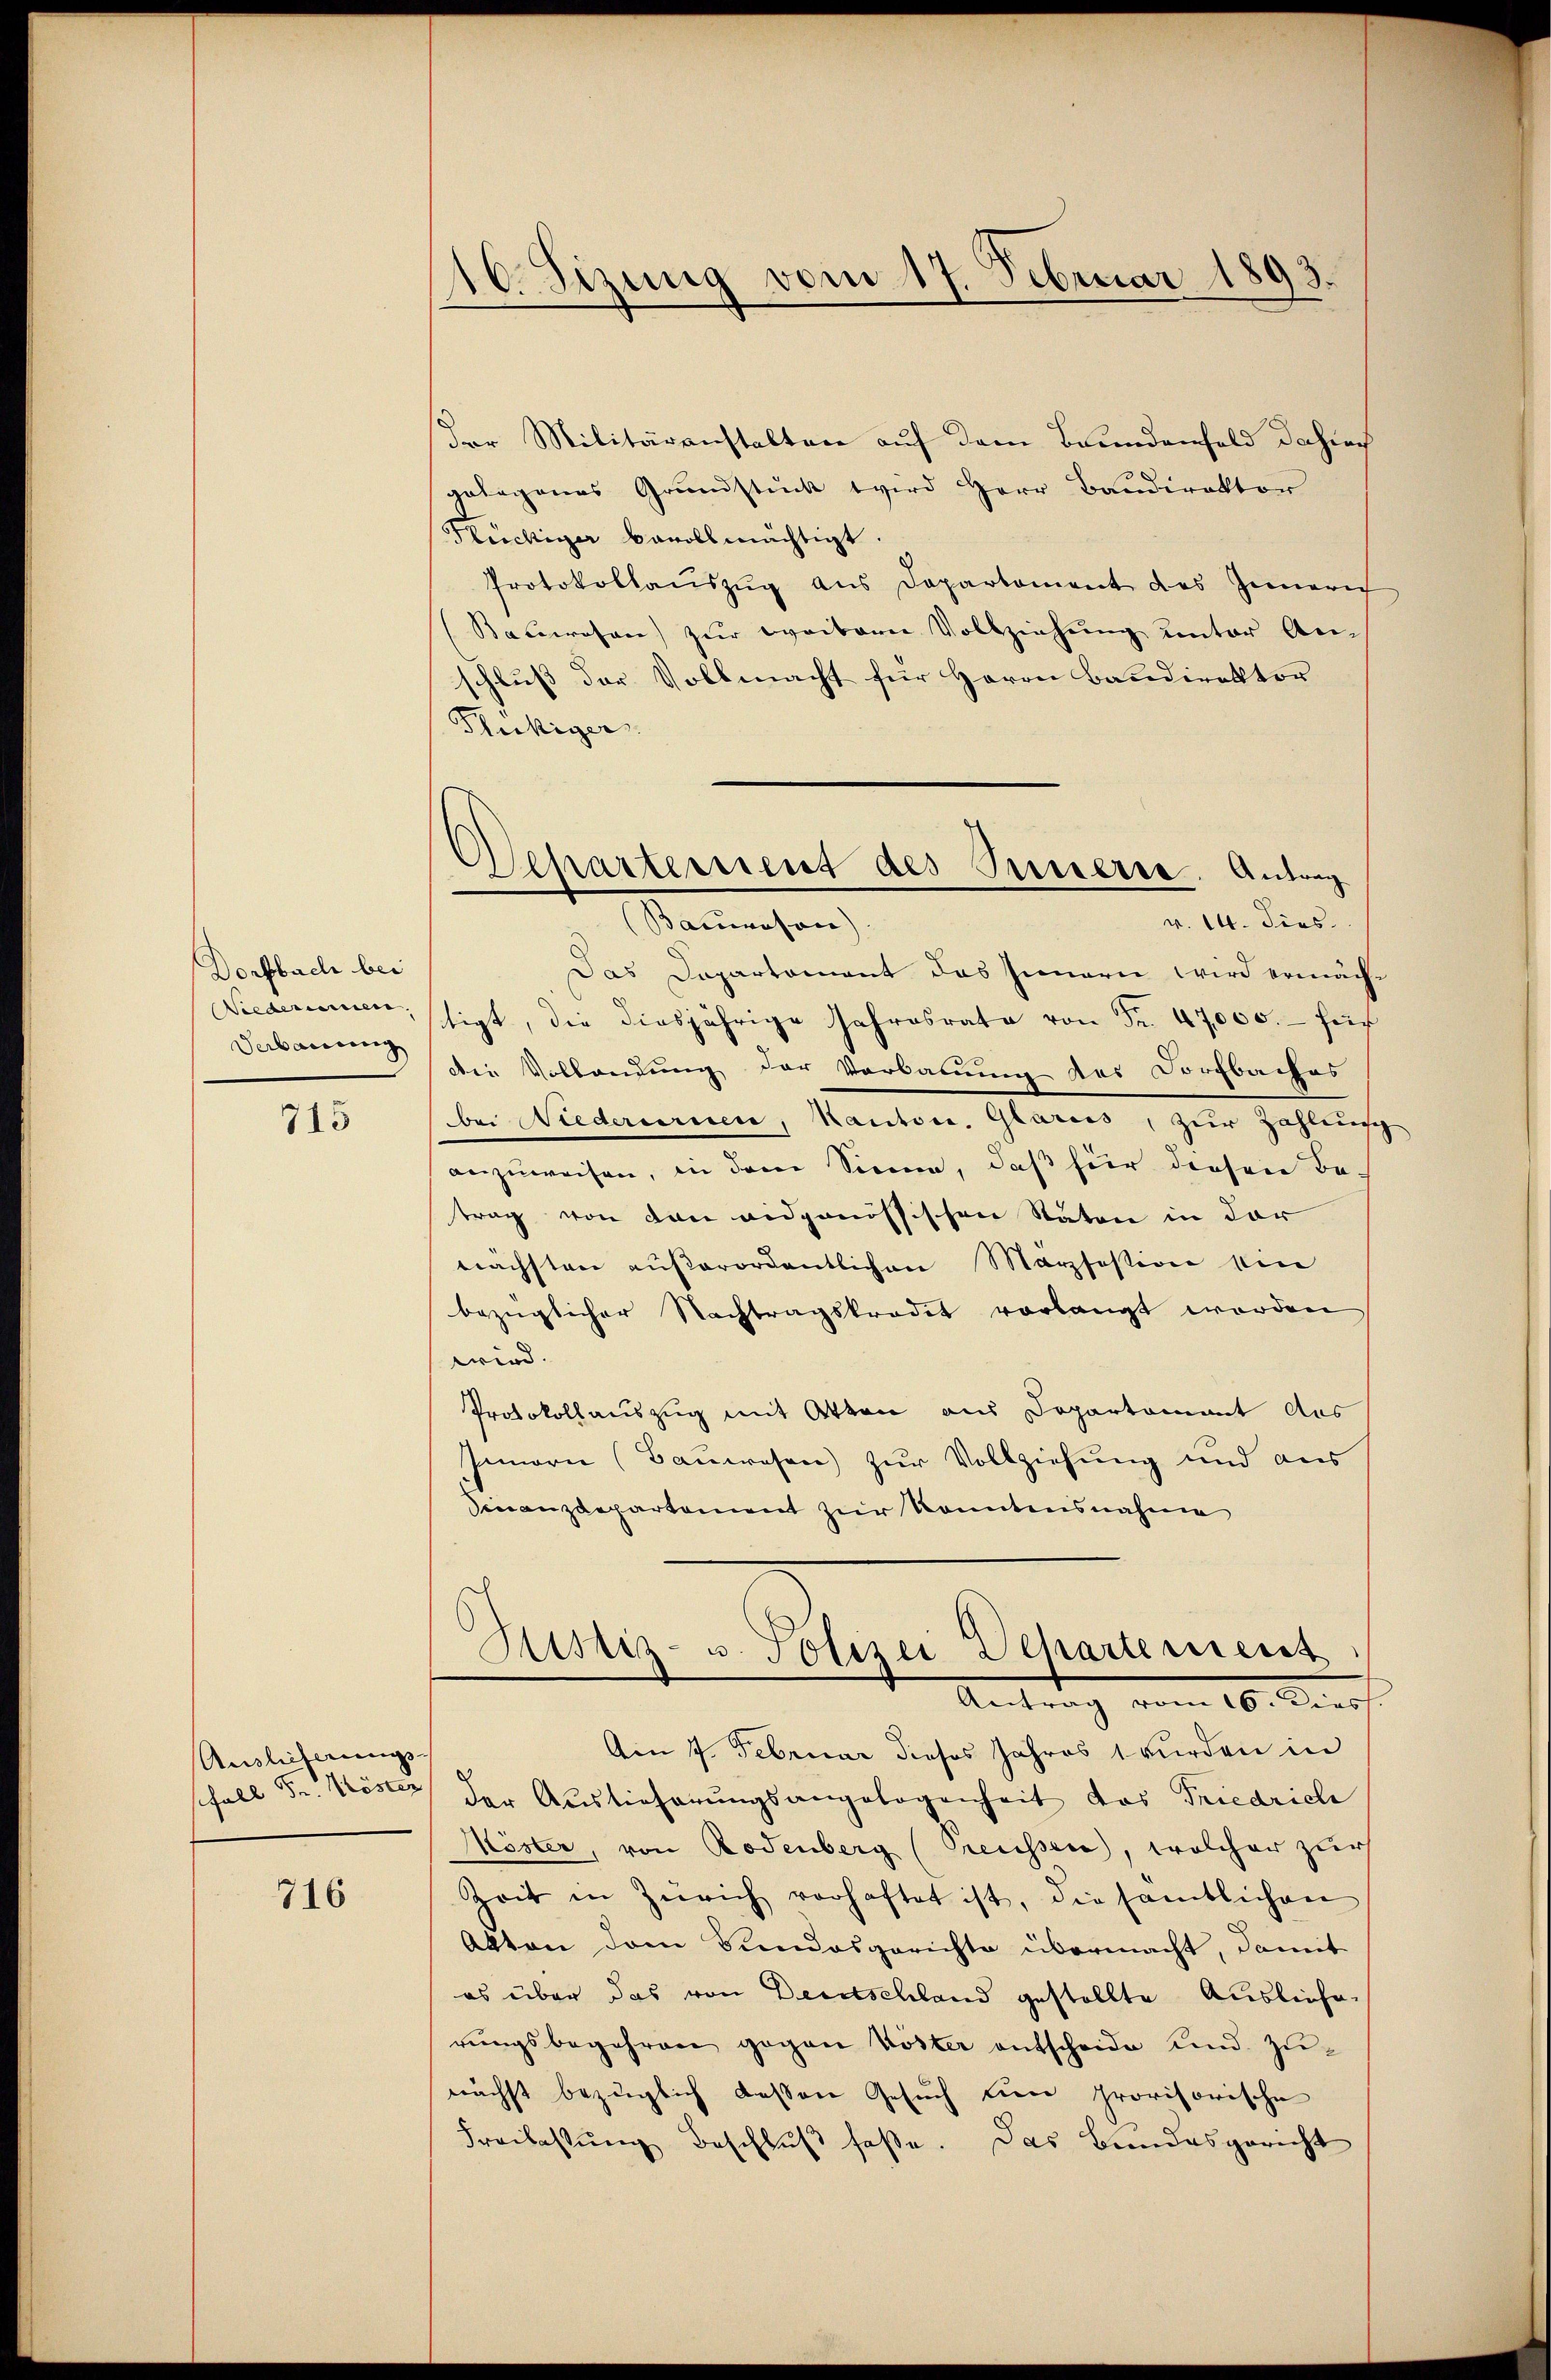
Dorfbach bei
Wiederinnen.
Verbauung

715

Auslieferungs-

716

16. Sizung vom 17. Februar 1893.

Separtement des Innerse. Antrag
v. 14. dies
(Baumason)

der Militäranstalten auf dem Brundenfeld dahinch
gelagenes Grŭndstück wird Herr Baŭdirektor
Nüchtiger bevollmächtigt
Protokollaŭszŭg aŭs Departement des Innere
Bauwesen zur weitern Vollziehung unter An-
schluss der Vollmacht für Herrn Bandirektor
Flüßiger
Das Departement das Innern wird ermächtigt, die diesjährige Jahresrate von Fr. 47000.- für
Die Vollandung der Verbauung der Dorfbaches
bei Niederurnen, Kantone. Glarus, zur Zahlensch
anzŭweisen, in dem Sinne, daβ für diesen Be-
trag von den eidgenössischen Stäten in der
nächsten außerordentlichen Märzfestion eine
bezüglicher Nachtragskredit vorlangt worden
wird.
Protokollauszug mit Otten aus Departement des
Innern (Bauwesen) zur Vollziehung und aus
Finanzdepartement zur konntensnahme

Sistiz- u. Polizei Departerient
Antrag vom 16. Diess.

Am 7. Februar dieses Jahres 1 wurden in
schall Sr. Köste der Auslieferungsangelegenheit das Friedriche
Möster, von Rodenberg (Treusser, welcher zur
Zeit in Zürich vorhaftet ist, die sämtlichen
Akten dem Sindosgerichte übermacht, damit
es über das von Deutschland gestellte Ausliefe,
rungsbegehren gegen Köster entscheide und zunächst bezüglich dessen Gesŭch ein provisorische
Freilastŭng Beschlŭβ faße. Das Bundesgericht